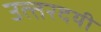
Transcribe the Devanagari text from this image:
उत्‍तरदयी